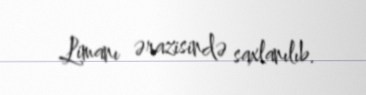
Limanı ərazisində saxlanılıb.